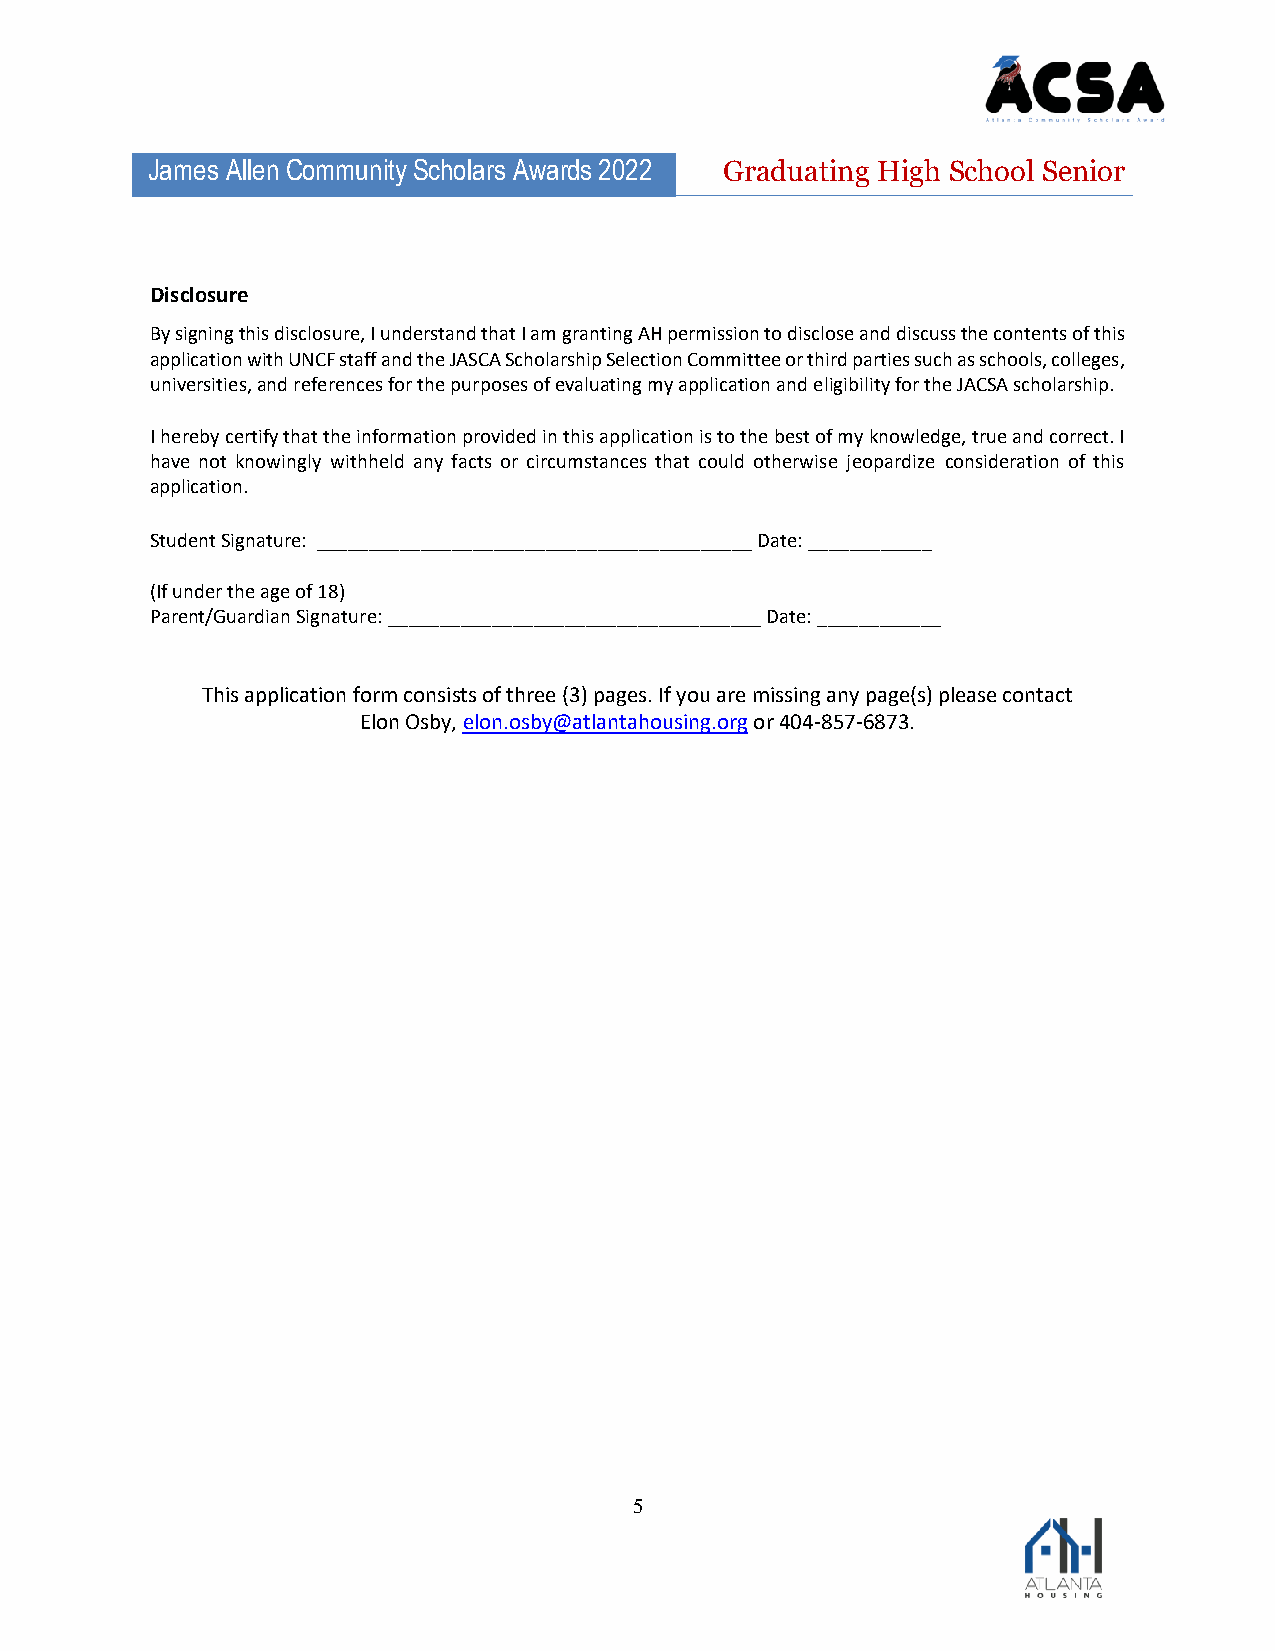
James Allen Community Scholars Awards 2022 Graduating High School Senior
 Disclosure
 By signing this disclosure, I understand that I am granting AH permission to disclose and discuss the contents of this
 application with UNCF staff and the JASCA Scholarship Selection Committee or third parties such as schools, colleges,
 universities, and references for the purposes of evaluating my application and eligibility for the JACSA scholarship.
 I hereby certify that the information provided in this application is to the best of my knowledge, true and correct. I
 have not knowingly withheld any facts or circumstances that could otherwise jeopardize consideration of this
 application.
 Student Signature: __________________________________________ Date: ____________
 (If under the age of 18)
 Parent/Guardian Signature: ____________________________________ Date: ____________
 This application form consists of three (3) pages. If you are missing any page(s) please contact
 Elon Osby, elon.osby@atlantahousing.org or 404-857-6873.
 5